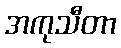
အကုသီတာ